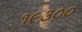
૧૯૩૦૦